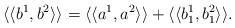
LaTeX: \begin{align*} \langle\langle b^1, b^2\rangle\rangle=\langle\langle a^1,a^2\rangle\rangle+\langle\langle b_1^1, b_1^2\rangle\rangle.\end{align*}